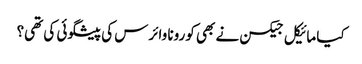
کیا مائیکل جیکسن نے بھی کورونا وائرس کی پیشگوئی کی تھی؟